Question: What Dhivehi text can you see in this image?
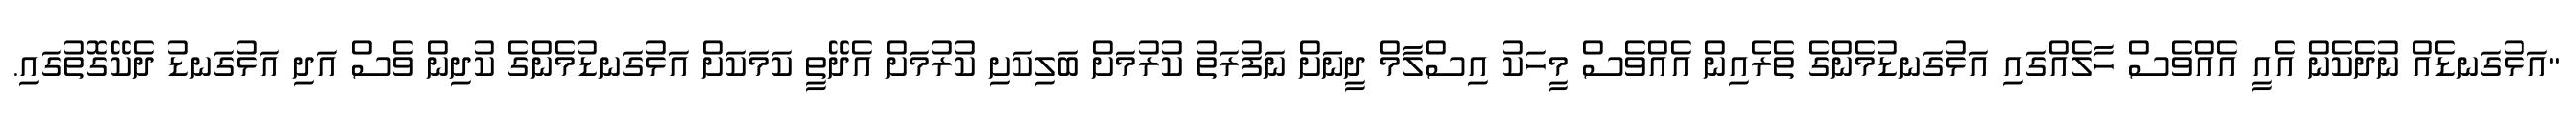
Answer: "އަޅުގަނޑެއް ނުދެކެން އެއީ އެއްވެސް ހާލެއްގައި އަޅުގަނޑުމެންގެ ތެރެއިން އެއްވެސް މީހަކު އިސްލާމް ދީނަށް ނަފުރަތު ކުރުމަށް ބަލިކަށި ކުރުމަށް އެދޭތީ ކަމަކަށް އަޅުގަނޑުމެންގެ ކުދިން ވެސް އަދި އަޅުގަނޑު ދެކޭގޮތުގައި.